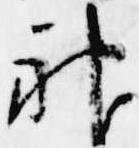
神